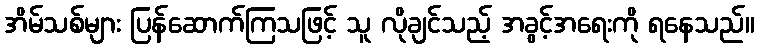
အိမ်သစ်များ ပြန်ဆောက်ကြသဖြင့် သူ လိုချင်သည့် အခွင့်အရေးကို ရနေသည်။